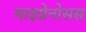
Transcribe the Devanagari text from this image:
माइग्रेनोसस